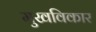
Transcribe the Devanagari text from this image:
मुखविकार